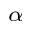
_ \alpha